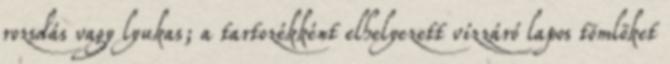
rozsdás vagy lyukas; a tartozékként elhelyezett vízzáró lapos tömlõket